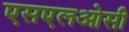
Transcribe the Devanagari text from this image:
एसएलओसी